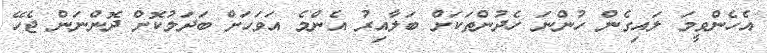
އެހެންވީމަ ލައިގެން ހުންނަ ހެދުންތަކަށް ބަލާއިރު އެންމެ އަވަހަށް ބަދަލުކޮށް ދޮންނަން ޖެހޭ